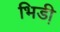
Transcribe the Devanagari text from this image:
भिडी़